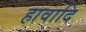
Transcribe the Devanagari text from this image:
हावादि